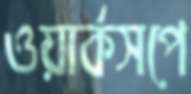
ওয়ার্কসপে